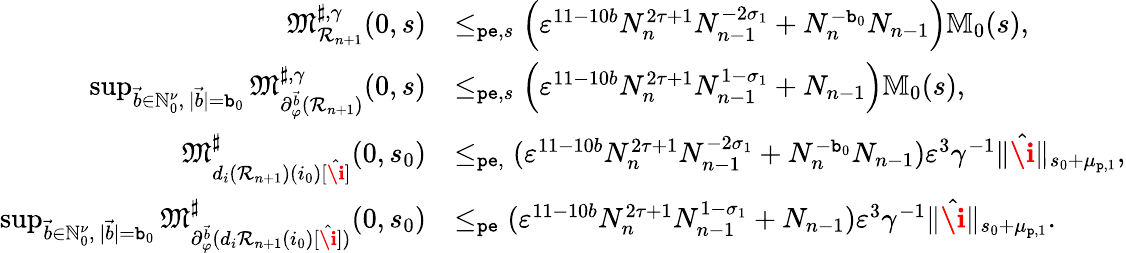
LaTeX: \begin{array}{rl}{\mathfrak{M}_{\mathcal{R}_{n+1}}^{\sharp,\gamma}(0,s)}&{\le_{\mathtt{pe},s}\left(\varepsilon^{11-10b}N_{n}^{2\tau+1}N_{n-1}^{-2\sigma_{1}}+N_{n}^{-\mathtt{b}_{0}}N_{n-1}\right)\mathbb{M}_{0}(s),}\\ {\operatorname*{sup}_{\vec{b}\in\mathbb{N}_{0}^{\nu},\ |\vec{b}|=\mathtt{b}_{0}}\mathfrak{M}_{\partial_{\varphi}^{\vec{b}}(\mathcal{R}_{n+1})}^{\sharp,\gamma}(0,s)}&{\le_{\mathtt{pe},s}\left(\varepsilon^{11-10b}N_{n}^{2\tau+1}N_{n-1}^{1-\sigma_{1}}+N_{n-1}\right)\mathbb{M}_{0}(s),}\\ {\mathfrak{M}_{d_{i}(\mathcal{R}_{n+1})(i_{0})[\hat{\textbf{\i}}]}^{\sharp}(0,s_{0})}&{\le_{\mathtt{pe},}(\varepsilon^{11-10b}N_{n}^{2\tau+1}N_{n-1}^{-2\sigma_{1}}+N_{n}^{-\mathtt{b}_{0}}N_{n-1})\varepsilon^{3}\gamma^{-1}\rVert\hat{\textbf{\i}}\rVert_{s_{0}+\mu_{\mathtt{p},1}},}\\ {\operatorname*{sup}_{\vec{b}\in\mathbb{N}_{0}^{\nu},\ |\vec{b}|=\mathtt{b}_{0}}\mathfrak{M}_{\partial_{\varphi}^{\vec{b}}(d_{i}\mathcal{R}_{n+1}(i_{0})[\hat{\textbf{\i}}])}^{\sharp}(0,s_{0})}&{\le_{\mathtt{pe}}(\varepsilon^{11-10b}N_{n}^{2\tau+1}N_{n-1}^{1-\sigma_{1}}+N_{n-1})\varepsilon^{3}\gamma^{-1}\rVert\hat{\textbf{\i}}\rVert_{s_{0}+\mu_{\mathtt{p},1}}.}\end{array}